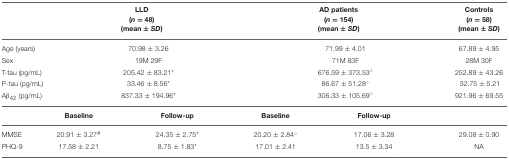
|  | <COLSPAN=2> LLD (n = 48) (mean ±SD) | <COLSPAN=2> AD patients (n = 154) (mean ±SD) | Controls (n = 58) (mean ±SD) |
 | --- | --- | --- | --- | --- | --- |
 | Age (years) | <COLSPAN=2> 70.98 ± 3.26 | <COLSPAN=2> 71.99 ± 4.01 | 67.89 ± 4.95 |
 | Sex | <COLSPAN=2> 19M 29F | <COLSPAN=2> 71M 83F | 28M 30F |
 | T-tau (pg/mL) | <COLSPAN=2> 205.42 ± 83.21* | <COLSPAN=2> 676.59 ± 373.53◦ | 252.89 ± 43.26 |
 | P-tau (pg/mL) | <COLSPAN=2> 33.46 ± 8.56* | <COLSPAN=2> 86.67 ± 51.28◦ | 32.75 ± 5.21 |
 | Aβ42 (pg/mL) | <COLSPAN=2> 837.33 ± 194.96* | <COLSPAN=2> 306.33 ± 105.69◦ | 921.96 ± 69.55 |
 |  | Baseline | Follow-up | Baseline | Follow-up |  |
 | MMSE | 20.91 ± 3.27# | 24.35 ± 2.75* | 20.20 ± 2.84◦ | 17.06 ± 3.28 | 29.08 ± 0.90 |
 | PHQ-9 | 17.58 ± 2.21 | 8.75 ± 1.83* | 17.01 ± 2.41 | 13.5 ± 3.34 | NA |